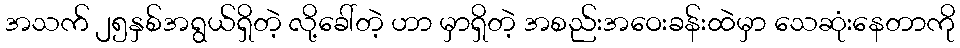
အသက် ၂၅နှစ်အရွယ်ရှိတဲ့ လို့ခေါ်တဲ့ ဟာ မှာရှိတဲ့ အစည်းအဝေးခန်းထဲမှာ သေဆုံးနေတာကို